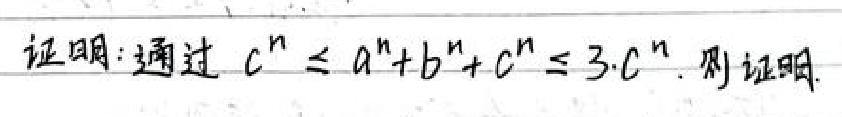
证明:通过 \( c^{n}\leq a^{n}+b^{n}+c^{n}\leq 3\cdot c^{n} \). 则证明.